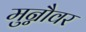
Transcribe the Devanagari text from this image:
मुन्नौवर